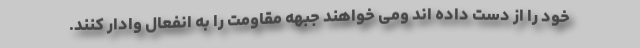
خود را از دست داده اند ومی خواهند جبهه مقاومت را به انفعال وادار کنند.